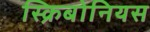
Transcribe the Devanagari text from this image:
स्क्रिबोनियस